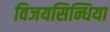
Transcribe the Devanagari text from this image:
विजयसिन्धिया